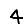
Digit: 4